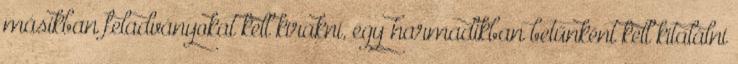
másikban feladványokat kell kirakni, egy harmadikban betűnként kell kitalálni